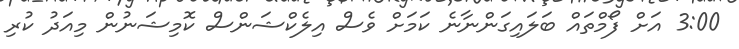
3:00 އަށް ފޯމްތައް ބަލައިގަންނާނެ ކަމަށް ވެސް އިލެކްޝަންސް ކޮމިޝަނުން މިއަދު ކުރި